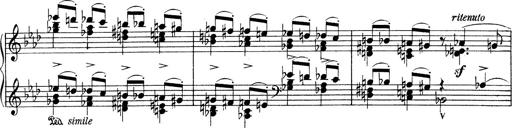
Title: Variationen Ã¼ber das Motiv von Bach
Composer: Franz Liszt